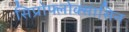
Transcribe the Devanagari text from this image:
सिप्रोफ्लोक्सासिन